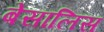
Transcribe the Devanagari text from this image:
बेसालिस